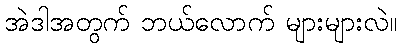
အဲဒါအတွက် ဘယ်လောက် များများလဲ။